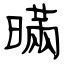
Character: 暪